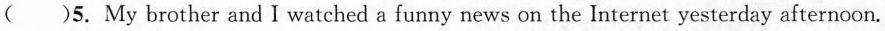
( )5. My brother and I watched a funny news on the Internet yesterday afternoon.